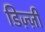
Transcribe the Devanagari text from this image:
डिज़्ज़ी